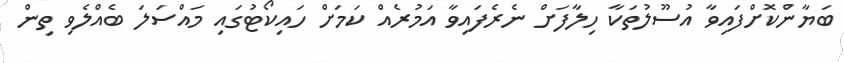
ބަޔާންކޮށްފައިވާ އުސޫލުތަކާ ހިލާފަށް ނެރެފައިވާ އަމުރެއް ކަމަށް ހައިކޯޓުގައި މައްސަލަ ބެއްލެވި ތިން